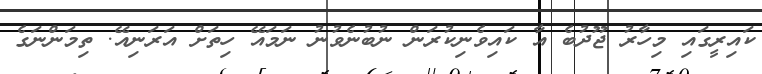
ކައިރީގައި މިހާރު ޖޫދުބެ އާ ކައިވެނިކުރަން ނުބުނެވުނު ނަމައޭ ހިތަށް އަރަނިއޭ. ތިމަންނަގެ